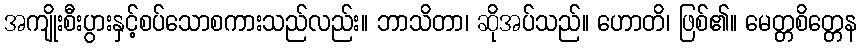
အကျိုးစီးပွားနှင့်စပ်သောစကားသည်လည်း။ ဘာသိတာ၊ ဆိုအပ်သည်။ ဟောတိ၊ ဖြစ်၏။ မေတ္တစိတ္တေန